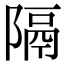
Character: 隔